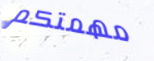
مهمتكم